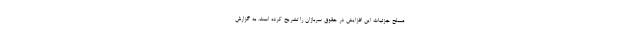
مسلح جزئیات این افزایش در حقوق سربازان را تشریح کرده است. به گزارش